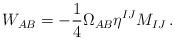
LaTeX: \begin{align*}W_{AB}=-{1\over 4}\Omega_{AB}\eta^{IJ}M_{IJ}\,. \end{align*}